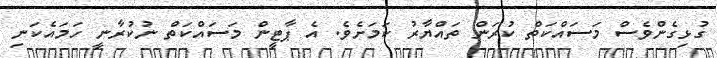
ގުޅިގެންވެސް މަސައްކަތް ކުރަން ތައްޔާރު ކަމަށެވެ. އެ ޕާޓީން މަސައްކަތް ނުކުރާނީ ހަމައެކަނި